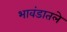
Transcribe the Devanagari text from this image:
भावंडातले